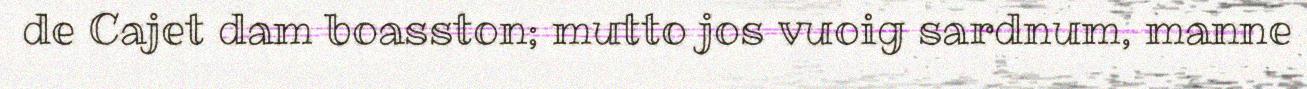
de Cajet dam boasston; mutto jos vuoig sardnum, manne